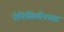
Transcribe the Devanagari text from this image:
पेनिसिलीनच्या